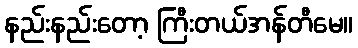
နည်းနည်းတော့ ကြီးတယ်အန်တီမေ။